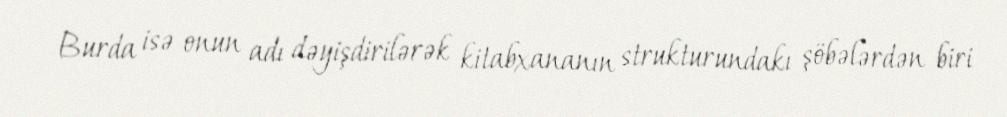
Burda isə onun adı dəyişdirilərək kitabxananın strukturundakı şöbələrdən biri